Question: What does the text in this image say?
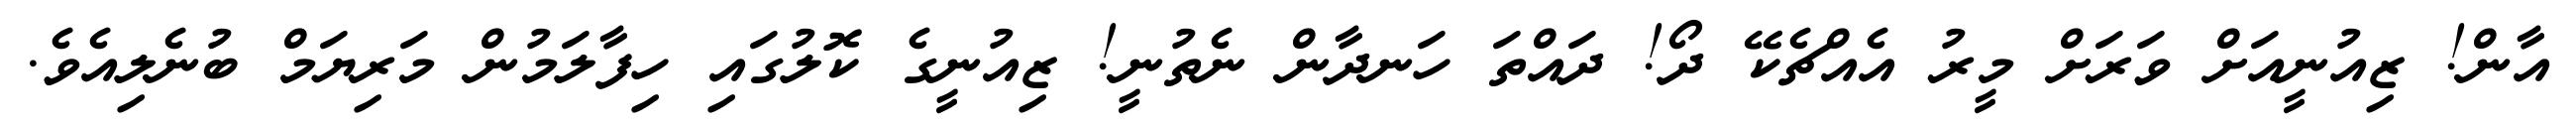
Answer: އާން! ޒިއުނީއަށް ވަރަށް މީރު އެއްޗެކޭ ދޯ! ދައްތަ ހަނދާން ނެތުނީ! ޒިއުނީގެ ކޮލުގައި ހިފާލަމުން މަރިޔަމް ބުނެލިއެވެ.